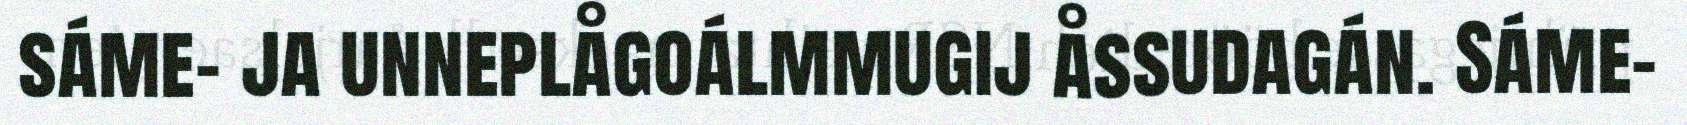
sáme- ja unneplågoálmmugij åssudagán. Sáme-